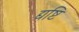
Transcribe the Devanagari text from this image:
द्यष्टि